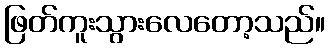
ဖြတ်ကူးသွားလေတော့သည်။